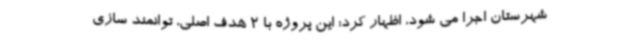
شهرستان اجرا می شود، اظهار کرد: این پروژه با 2 هدف اصلی، توانمند سازی